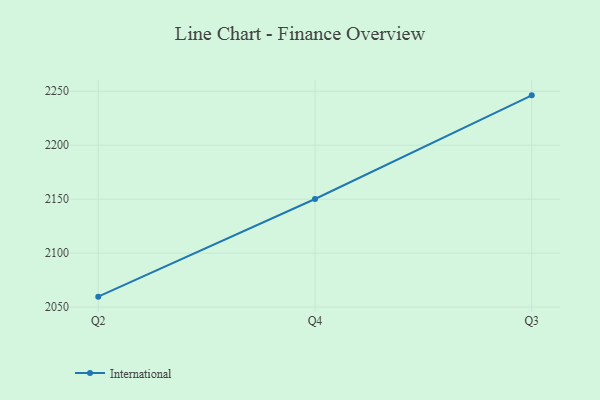
{"axis": {"x": "Quarter", "y": "Waste Production (Tons)"}, "legend": ["International"], "data": [{"x": "Q2", "y": 2059.7, "type": "International"}, {"x": "Q4", "y": 2150.2, "type": "International"}, {"x": "Q3", "y": 2246.2, "type": "International"}]}